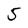
Character: 5